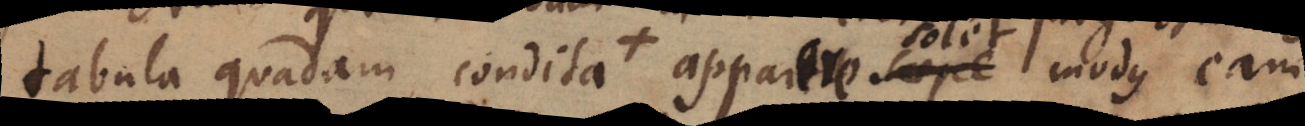
tabula quadam condita + apparere solet modus eam